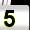
Digit: 5